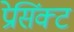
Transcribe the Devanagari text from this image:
प्रेसिंक्ट